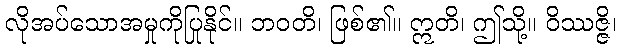
လိုအပ်သောအမှုကိုပြုနိုင်။ ဘဝတိ၊ ဖြစ်၏။ ဣတိ၊ ဤသို့။ ဝိဿဇ္ဇိ၊